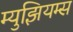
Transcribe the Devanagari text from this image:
म्‍युझियम्‍स